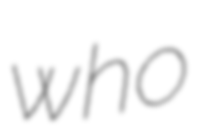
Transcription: who